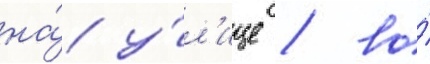
на́ у́л'ице / во́